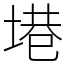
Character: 塂